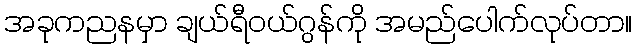
အခုကညနမှာ ချယ်ရီဝယ်ဂွန်ကို အမည်ပေါက်လုပ်တာ။